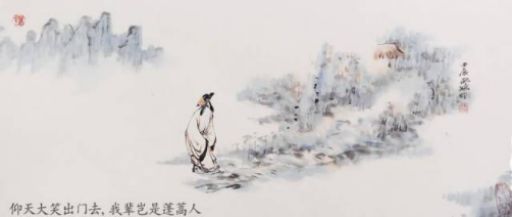
仰天大笑出门去，我辈岂是蓬蒿人。